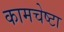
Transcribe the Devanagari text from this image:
कामचेष्टा